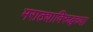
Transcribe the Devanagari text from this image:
मराठ्याविरुद्धच्या